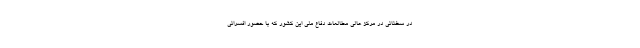
در سخنانی در مرکز عالی مطالعات دفاع ملی این کشور که با حضور افسرانی